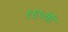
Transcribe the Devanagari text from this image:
१६५वां